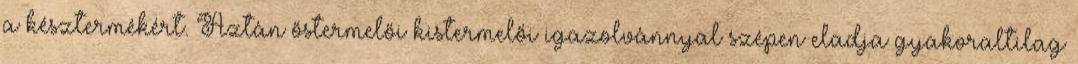
a késztermékért. Aztán őstermelői kistermelői igazolvánnyal szépen eladja gyakoraltilag